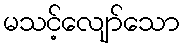
မသင့်လျော်သော